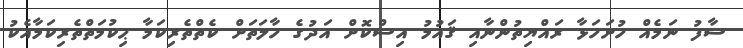
ސާފު ނަމެއް ހުށަހަޅާ ރައްޔިތުންނާއި ޤައުމު އިސްކޮށް އަދުގެ ހާލަތަށް ކެތްތެރިކަމާ ޙިކުމަތްތެރިކަމާއެކު